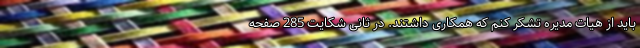
باید از هیات مدیره تشکر کنم که همکاری داشتند. در ثانی شکایت 285 صفحه